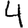
Digit: 4